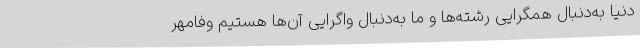
دنیا به‌دنبال همگرایی رشته‌ها و ما به‌دنبال واگرایی آن‌ها هستیم وفامهر